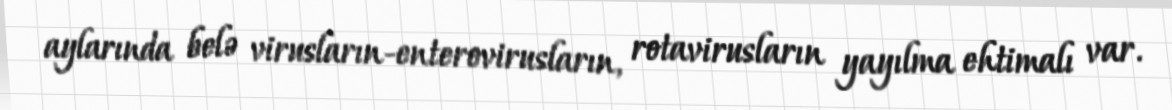
aylarında belə virusların-enterovirusların, rotavirusların yayılma ehtimalı var.